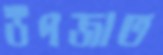
উপজাত